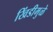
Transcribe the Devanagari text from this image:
खिंडीमुळे